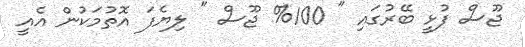
ޖޫސް ފުޅީ ބޭރުގައި " 100% ޖޫސް " ލިޔެފަ އޮތުމަކުން އެއީ